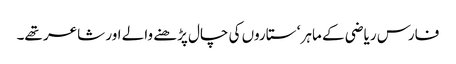
فارس ریاضی کے ماہر ‘ ستاروں کی چال پڑھنے والے اور شاعر تھے۔